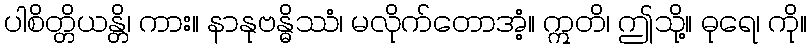
ပါစိတ္တိယန္တိ၊ ကား။ နာနုဗန္ဓိဿံ၊ မလိုက်တောအံ့။ ဣတိ၊ ဤသို့။ ဓုရေ၊ ကို။